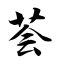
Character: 荟